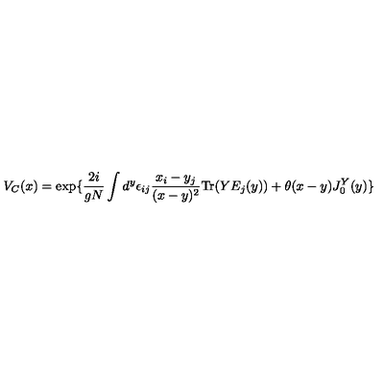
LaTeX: V _ { C } ( x ) = \exp \{ { \frac { 2 i } { g N } } \int d ^ { y } \epsilon _ { i j } { \frac { x _ { i } - y _ { j } } { ( x - y ) ^ { 2 } } } \mathrm { T r } ( Y E _ { j } ( y ) ) + \theta ( x - y ) J _ { 0 } ^ { Y } ( y ) \}